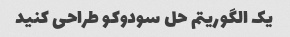
یک الگوریتم حل سودوکو طراحی کنید